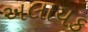
અલાયક